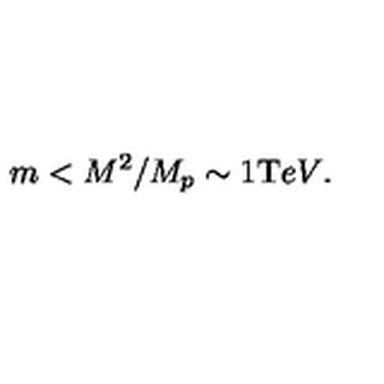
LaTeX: m < { M ^ { 2 } / M _ { p } } \sim 1 { \mathrm { T } e V } .